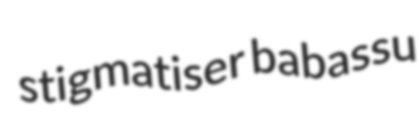
stigmatiser babassu